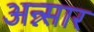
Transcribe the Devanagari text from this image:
अन्न्सार